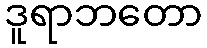
ဒူရာဘတော